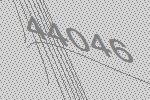
44046